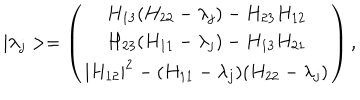
| \lambda _ { j } > = \left( \begin{array} { c } { { H _ { 1 3 } ( H _ { 2 2 } - \lambda _ { j } ) - H _ { 2 3 } H _ { 1 2 } } } \\ { { H _ { 2 3 } ( H _ { 1 1 } - \lambda _ { j } ) - H _ { 1 3 } H _ { 2 1 } } } \\ { { | H _ { 1 2 } | ^ { 2 } - ( H _ { 1 1 } - \lambda _ { j } ) ( H _ { 2 2 } - \lambda _ { j } ) } } \\ \end{array} \right) ,